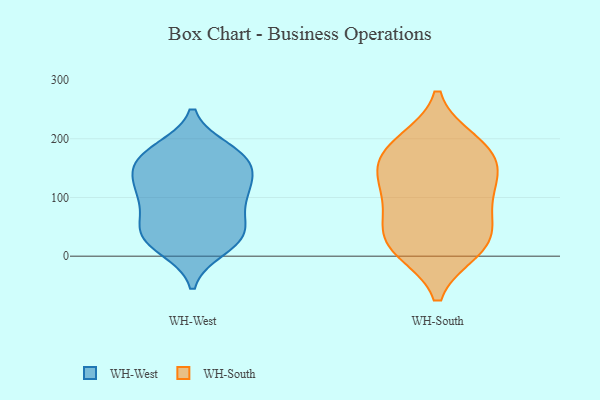
{"axis": {"x": "Website Visitors", "y": "Value"}, "legend": ["WH-South", "WH-West"], "data": [{"x": "", "y": 111, "type": "WH-West"}, {"x": "", "y": 161, "type": "WH-West"}, {"x": "", "y": 180, "type": "WH-West"}, {"x": "", "y": 32, "type": "WH-West"}, {"x": "", "y": 79, "type": "WH-West"}, {"x": "", "y": 104, "type": "WH-West"}, {"x": "", "y": 31, "type": "WH-West"}, {"x": "", "y": 32, "type": "WH-West"}, {"x": "", "y": 14, "type": "WH-West"}, {"x": "", "y": 108, "type": "WH-West"}, {"x": "", "y": 59, "type": "WH-West"}, {"x": "", "y": 38, "type": "WH-West"}, {"x": "", "y": 165, "type": "WH-West"}, {"x": "", "y": 141, "type": "WH-West"}, {"x": "", "y": 122, "type": "WH-West"}, {"x": "", "y": 173, "type": "WH-West"}, {"x": "", "y": 166, "type": "WH-West"}, {"x": "", "y": 65, "type": "WH-South"}, {"x": "", "y": 136, "type": "WH-South"}, {"x": "", "y": 125, "type": "WH-South"}, {"x": "", "y": 186, "type": "WH-South"}, {"x": "", "y": 81, "type": "WH-South"}, {"x": "", "y": 28, "type": "WH-South"}, {"x": "", "y": 194, "type": "WH-South"}, {"x": "", "y": 163, "type": "WH-South"}, {"x": "", "y": 11, "type": "WH-South"}, {"x": "", "y": 116, "type": "WH-South"}, {"x": "", "y": 30, "type": "WH-South"}, {"x": "", "y": 12, "type": "WH-South"}, {"x": "", "y": 177, "type": "WH-South"}]}